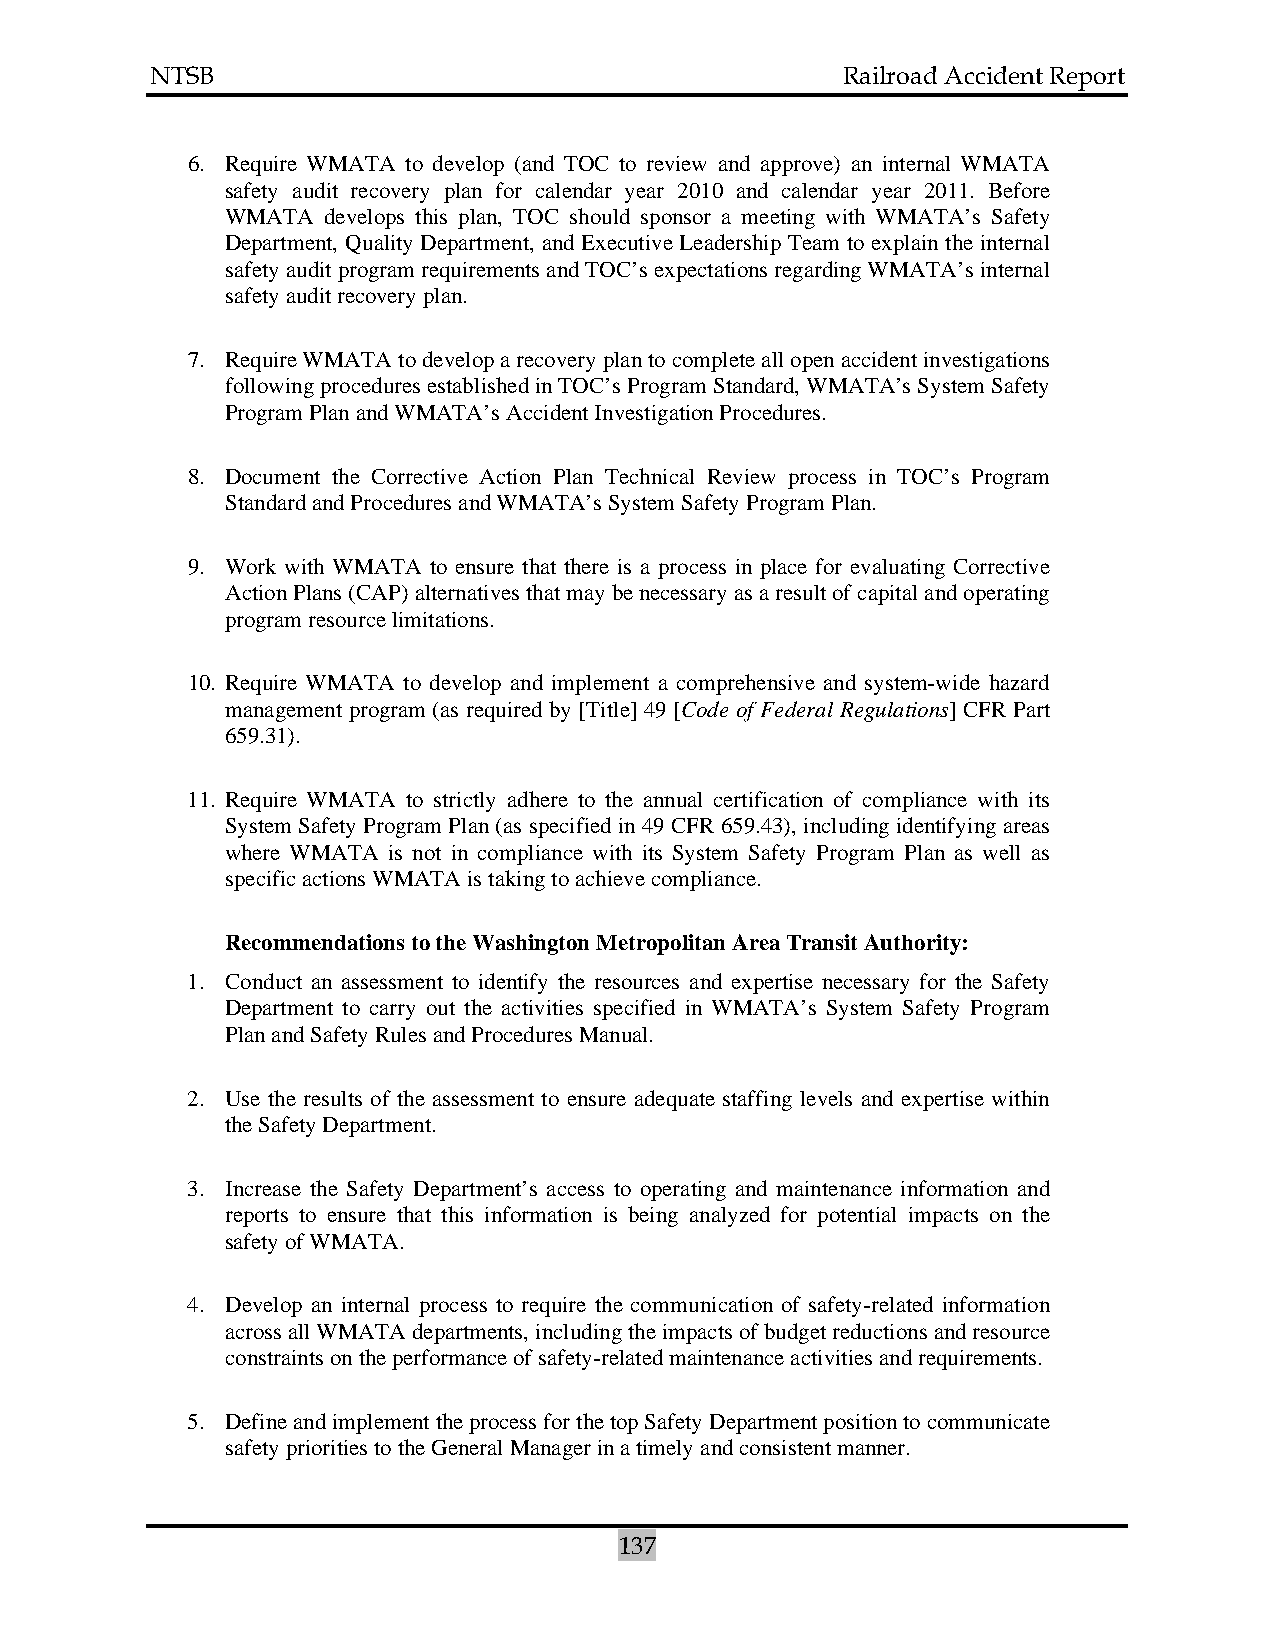
NTSB                                          Railroad Accident Report
 6. Require WMATA to develop (and TOC to review and approve) an internal WMATA
 safety audit recovery plan for calendar year 2010 and calendar year 2011. Before
 WMATA develops this plan, TOC should sponsor a meeting with WMATA’s Safety
 Department, Quality Department, and Executive Leadership Team to explain the internal
 safety audit program requirements and TOC’s expectations regarding WMATA’s internal
 safety audit recovery plan.
 7. Require WMATA to develop a recovery plan to complete all open accident investigations
 following procedures established in TOC’s Program Standard, WMATA’s System Safety
 Program Plan and WMATA’s Accident Investigation Procedures.
 8. Document the Corrective Action Plan Technical Review process in TOC’s Program
 Standard and Procedures and WMATA’s System Safety Program Plan.
 9. Work with WMATA to ensure that there is a process in place for evaluating Corrective
 Action Plans (CAP) alternatives that may be necessary as a result of capital and operating
 program resource limitations.
 10. Require WMATA to develop and implement a comprehensive and system-wide hazard
 management program (as required by [Title] 49 [Code of Federal Regulations] CFR Part
 659.31).
 11. Require WMATA to strictly adhere to the annual certification of compliance with its
 System Safety Program Plan (as specified in 49 CFR 659.43), including identifying areas
 where WMATA is not in compliance with its System Safety Program Plan as well as
 specific actions WMATA is taking to achieve compliance.
 Recommendations to the Washington Metropolitan Area Transit Authority:
 1. Conduct an assessment to identify the resources and expertise necessary for the Safety
 Department to carry out the activities specified in WMATA’s System Safety Program
 Plan and Safety Rules and Procedures Manual.
 2. Use the results of the assessment to ensure adequate staffing levels and expertise within
 the Safety Department.
 3. Increase the Safety Department’s access to operating and maintenance information and
 reports to ensure that this information is being analyzed for potential impacts on the
 safety of WMATA.
 4. Develop an internal process to require the communication of safety-related information
 across all WMATA departments, including the impacts of budget reductions and resource
 constraints on the performance of safety-related maintenance activities and requirements.
 5. Define and implement the process for the top Safety Department position to communicate
 safety priorities to the General Manager in a timely and consistent manner.
 137